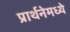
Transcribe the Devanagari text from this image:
प्रार्थनेमध्ये